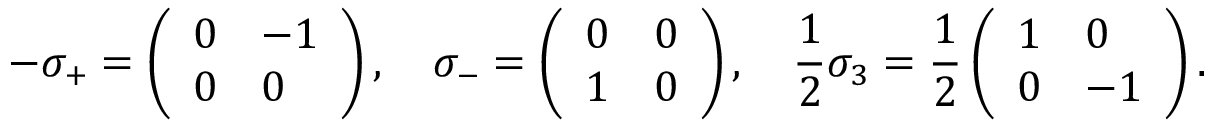
- \sigma _ { + } = \left( \begin{array} { l l } { 0 } & { - 1 } \\ { 0 } & { 0 } \end{array} \right) , \quad \sigma _ { - } = \left( \begin{array} { l l } { 0 } & { 0 } \\ { 1 } & { 0 } \end{array} \right) , \quad \frac { 1 } { 2 } \sigma _ { 3 } = \frac { 1 } { 2 } \left( \begin{array} { l l } { 1 } & { 0 } \\ { 0 } & { - 1 } \end{array} \right) .